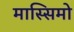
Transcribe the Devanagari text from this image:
मास्‍सिमो